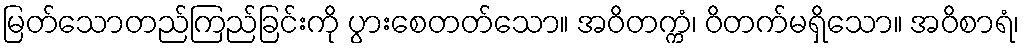
မြတ်သောတည်ကြည်ခြင်းကို ပွားစေတတ်သော။ အဝိတက္ကံ၊ ဝိတက်မရှိသော။ အဝိစာရံ၊